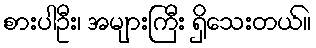
စားပါဦး၊ အများကြီး ရှိသေးတယ်။